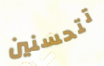
تتحسنين